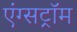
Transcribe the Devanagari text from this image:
एंग्सट्रॉम